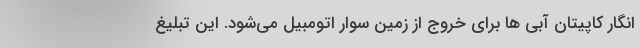
انگار کاپیتان آبی ها برای خروج از زمین سوار اتومبیل می‌شود. این تبلیغ